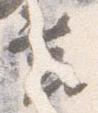
莒